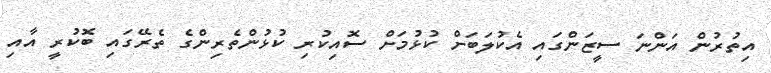
އިތުރުން އަންނަ ސީޒަންގައި އެކުލަބަށް ކުޅުމަށް ސޮއިކުރި ކުޅުންތެރިންގެ ތެރޭގައި ބޮކުރީ އާއި